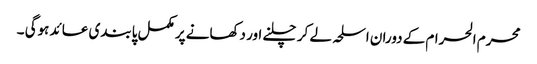
محرم الحرام کے دوران اسلحہ لے کر چلنے اور دکھانے پر مکمل پابندی عائد ہوگی ۔